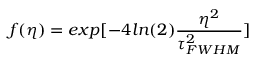
f ( \eta ) = e x p [ - 4 l n ( 2 ) \frac { \eta ^ { 2 } } { \tau _ { F W H M } ^ { 2 } } ]